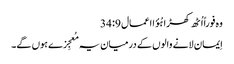
وہ فوراً اُٹھ کھڑا ہُؤا اعمال 9: 34
اِیمان لانے والوں کے درمیان یہ مُعجِزے ہوں گے۔